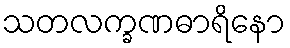
သတလက္ခဏဓာရိနော